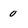
Character: 0